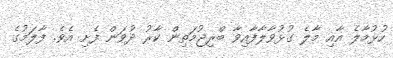
ހުޅުމާލެ އާއި މާލެ ގުޅުވާލާފާއިވާ ބްރިޖުމަތިން ކާރު ދުވަން ފެށި އެވެ. ފާލަމުގެ